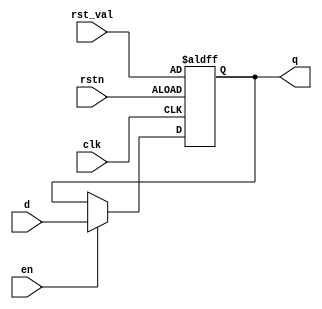
module std_dffrve (
	clk,
	rstn,
	rst_val,
	en,
	d,
	q
);
	parameter WIDTH = 8;
	input clk;
	input rstn;
	input [WIDTH - 1:0] rst_val;
	input en;
	input [WIDTH - 1:0] d;
	output wire [WIDTH - 1:0] q;
	reg [WIDTH - 1:0] dff_q;
	always @(posedge clk or negedge rstn)
		if (~rstn)
			dff_q <= rst_val;
		else if (en)
			dff_q <= d;
	assign q = dff_q;
endmodule